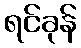
ရင်ခုန်